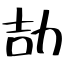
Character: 劼